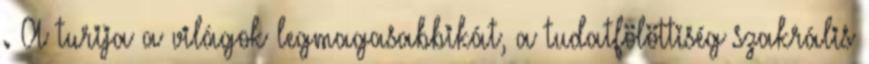
. A turija a világok legmagasabbikát, a tudatfölöttiség szakrális